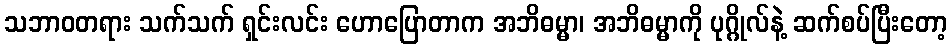
သဘာဝတရား သက်သက် ရှင်းလင်း ဟောပြောတာက အဘိဓမ္မာ၊ အဘိဓမ္မာကို ပုဂ္ဂိုလ်နဲ့ ဆက်စပ်ပြီးတော့